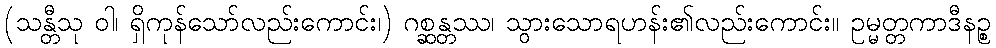
(သန္တီသု ဝါ၊ ရှိကုန်သော်လည်းကောင်း၊) ဂစ္ဆန္တဿ၊ သွားသောရဟန်း၏လည်းကောင်း။ ဥမ္မတ္တကာဒီနဉ္စ